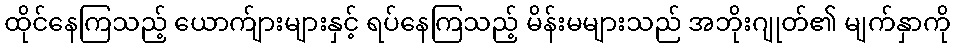
ထိုင်နေကြသည့် ယောက်ျားများနှင့် ရပ်နေကြသည့် မိန်းမများသည် အဘိုးဂျုတ်၏ မျက်နှာကို